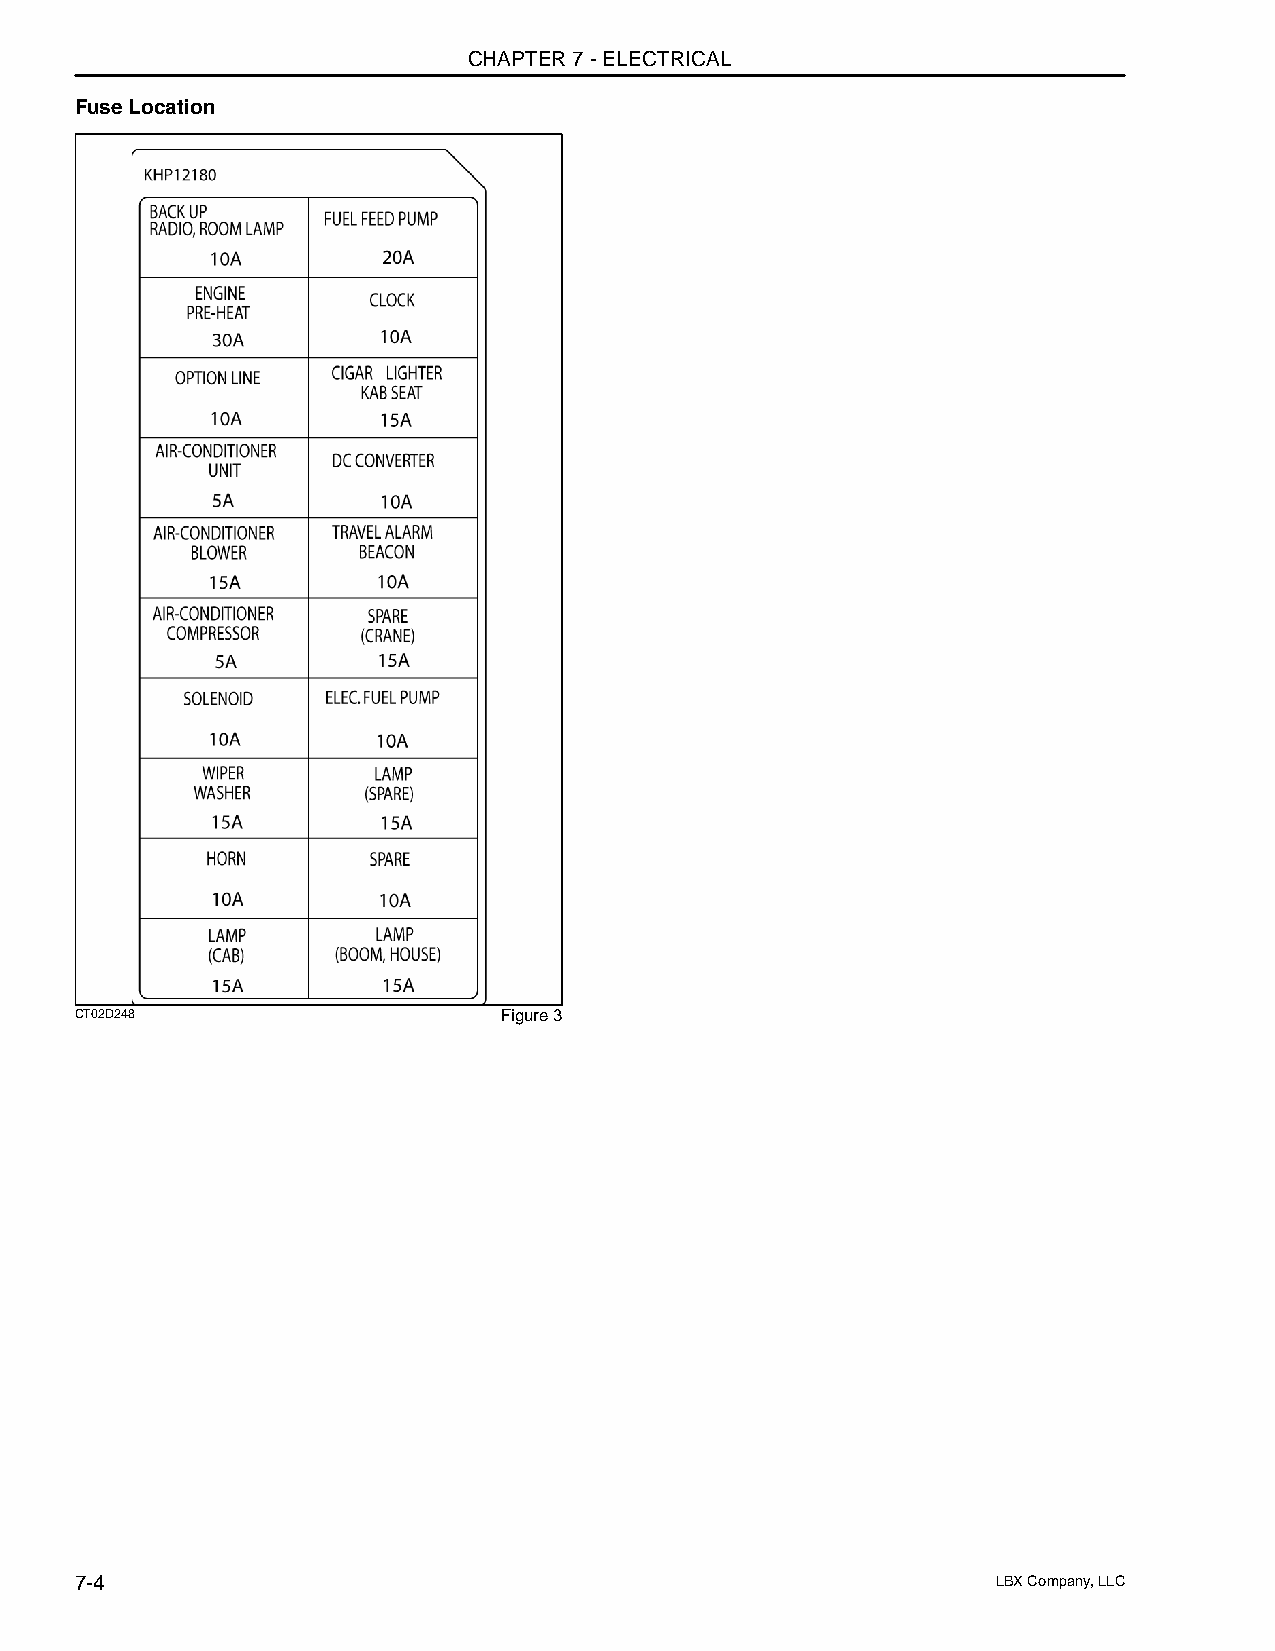
CHAPTER 7 - ELECTRICAL
 Fuse Location
 CT02D248                    Figure 3
 7-4                                                          LBX Company, LLC